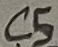
Text: C5